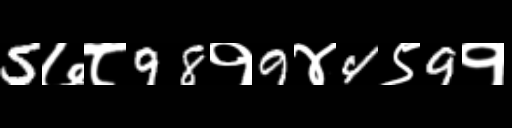
Text: 5७८98१9४4९9१